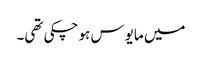
میں مایوس ہو چکی تھی۔